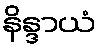
နိန္ဒာယံ